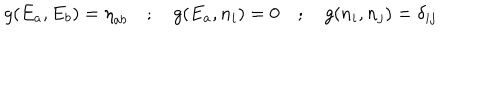
g ( E _ { a } , E _ { b } ) = { \eta } _ { a b } \quad ; \quad g ( E _ { a } , n _ { i } ) = 0 \quad ; \quad g ( n _ { i } , n _ { j } ) = { \delta } _ { i j }